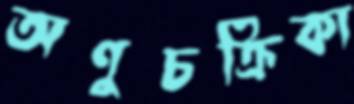
অণুচক্রিকা